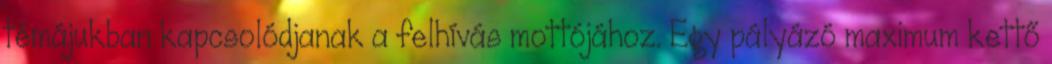
témájukban kapcsolódjanak a felhívás mottójához. Egy pályázó maximum kettő